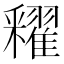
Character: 𨤠